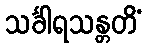
သင်္ခါရသန္တတိံ